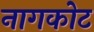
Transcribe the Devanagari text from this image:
नागकोट